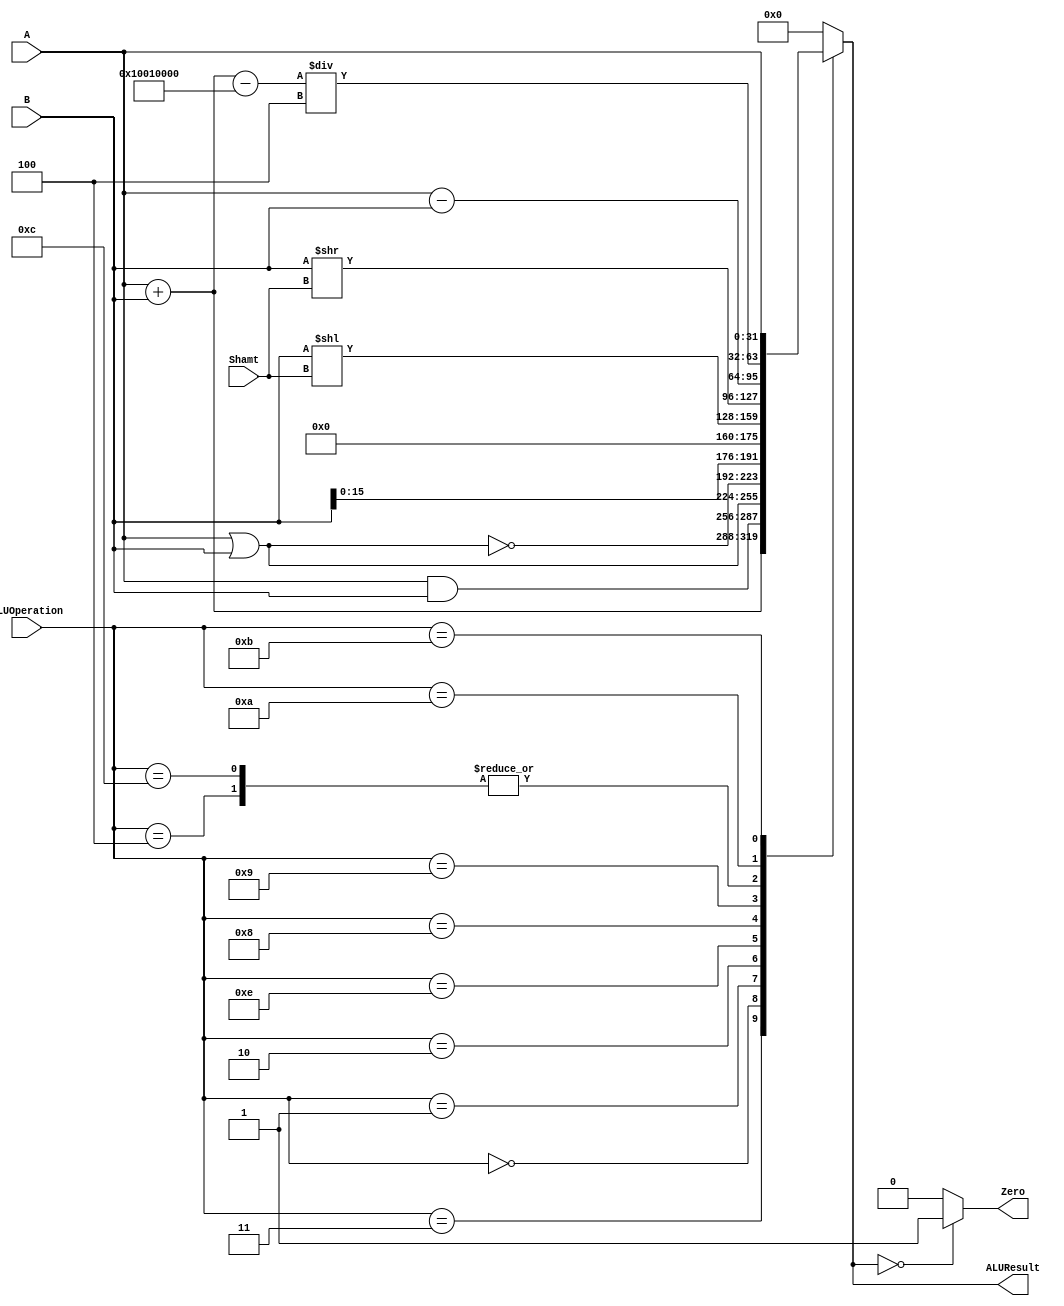
/******************************************************************
* Description
*	This is an 32-bit arithetic logic unit that can execute the next set of operations:
*		add
*		sub
*		or
*		and
*		nor
* This ALU is written by using behavioral description.
* Version:
*	1.0
* Author:
*	Dr. Jos Luis Pizano Escalante
* email:
*	luispizano@iteso.mx
* Date:
*	01/03/2014
******************************************************************/

module ALU 
(
	input [3:0] ALUOperation,
	input [31:0] A,
	input [31:0] B,
	output reg Zero,
	output reg [31:0]ALUResult,

	input [4:0] Shamt //5 bits? (clase)
);

localparam ADD = 4'b0011; //clase
localparam SUB = 4'b0100; //

localparam AND = 4'b0000; //aluoperation codes are user-defined  
localparam OR  = 4'b0001;
localparam NOR = 4'b0010;

localparam LUI = 4'b1110;
localparam SLL = 4'b1000;
localparam SRL = 4'b1001;

localparam BEQ = 4'b1100; //for both beq/bneq
localparam MEM = 4'b1010; //new op alu op for final aluresult on sw/lw
localparam JR  = 4'b1011; //jump register
//
   
   always @ (A or B or ALUOperation or Shamt) //shamt fixed/added
     begin
		case (ALUOperation)
			ADD:
				ALUResult=A + B;
			SUB: 
				ALUResult=A - B; //on BasicMIPS Verano
	
			AND:
				ALUResult = A & B;
			OR: 
				ALUResult = A | B; 
			NOR: 
				ALUResult = ~(A|B);
			   
			LUI: 
				ALUResult={B[15:0],16'b0}; //bits go from lower to upper part
			SLL:
				ALUResult = B << Shamt;
			SRL:
				ALUResult = B >> Shamt;
				
			BEQ:
				ALUResult = A - B; //to figure sign out
			MEM:
				ALUResult = (A + B - 268500992) / 4; //sw/lw: for memory address offset
		  	JR:
				ALUResult = A; 
			
			//branches???
			//b-offset de memoria 

		default:
			ALUResult= 0;
		endcase // case(control)
		Zero = (ALUResult==0) ? 1'b1 : 1'b0;
     end // always @ (A or B or control)
endmodule 
// alu//